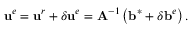
\mathbf { u } ^ { e } = \mathbf { u } ^ { r } + \delta \mathbf { u } ^ { e } = \mathbf { A } ^ { - 1 } \left( \mathbf { b } ^ { * } + \delta \mathbf { b } ^ { e } \right) .